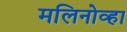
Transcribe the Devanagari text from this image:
मलिनोव्हा